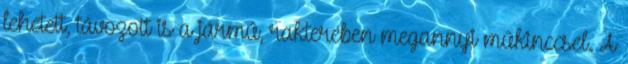
lehetett, távozott is a jármű, rakterében megannyi műkinccsel. A